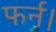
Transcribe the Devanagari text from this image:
फर्न।